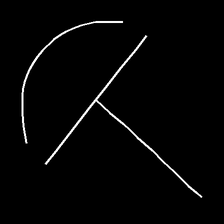
Glyph: dispersion